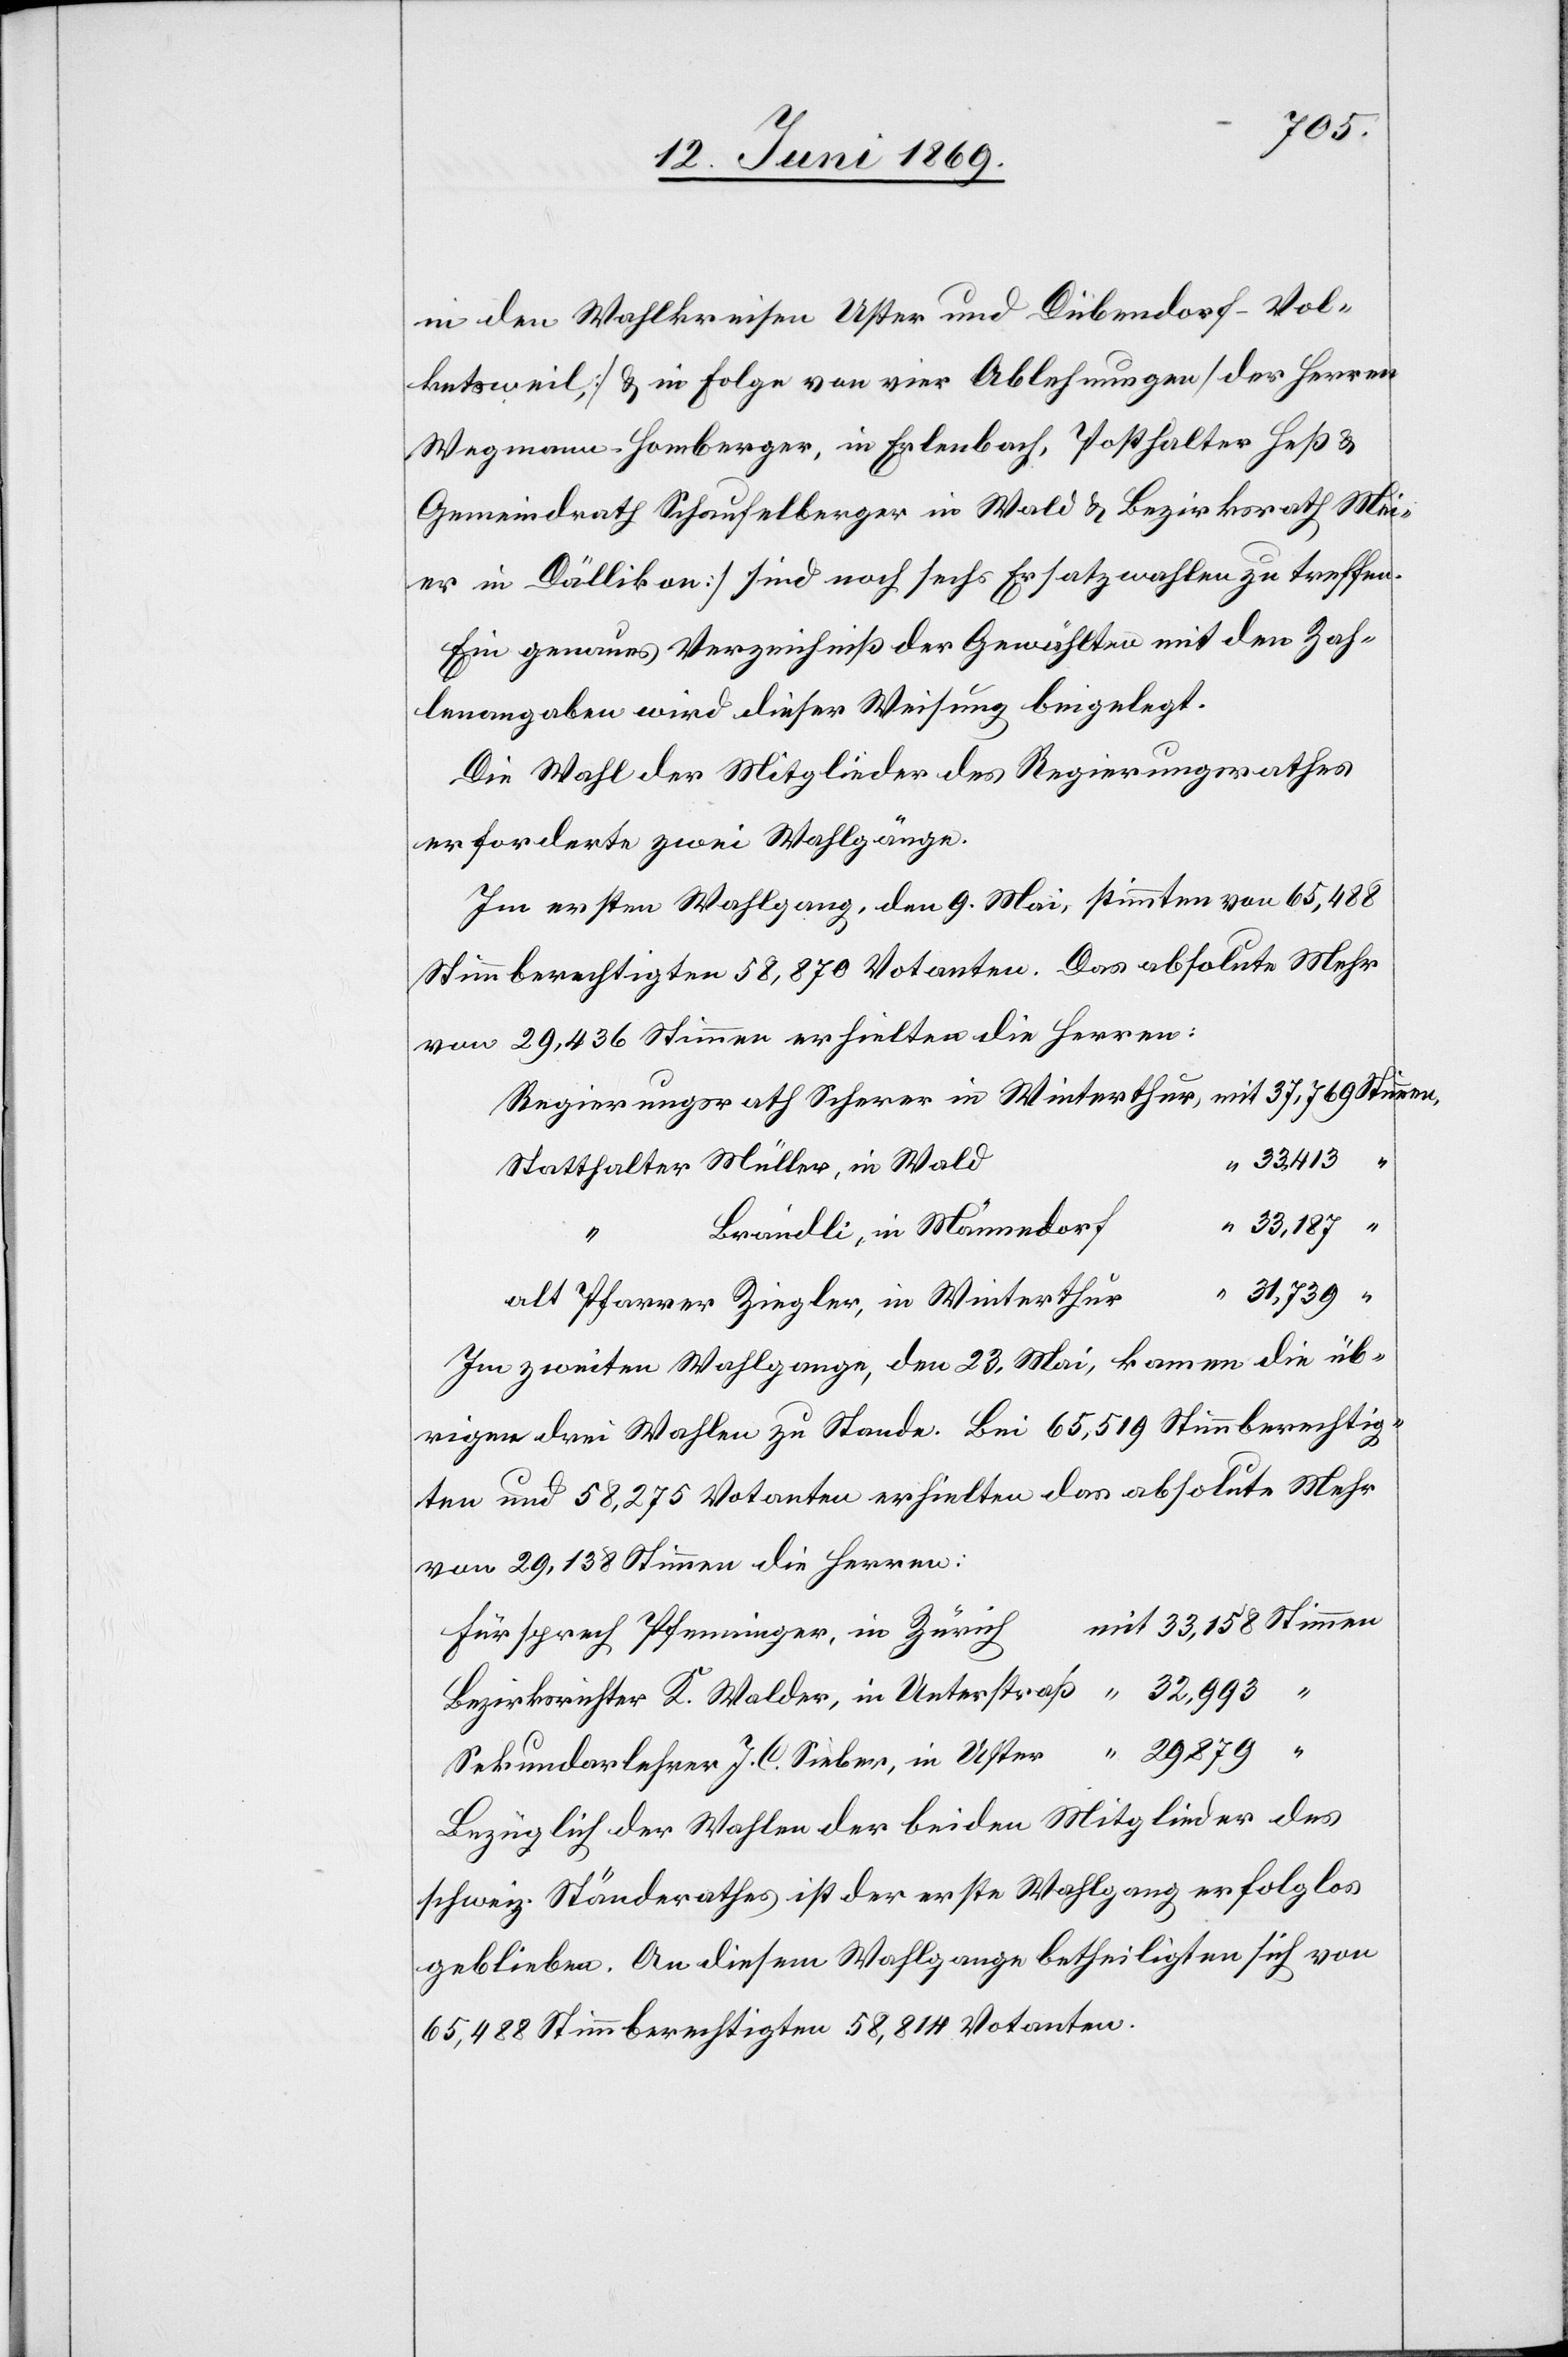
in den Wahlkreisen Uster und Dübendorf-Vol¬
kentsweil, [u. in Folge von vier Ablehnungen] des Herrn
Wegmann-Homberger, in Erlenbach, Posthalter Heß u.
Gemeindrath Schaufelberger in Wald u. Bezirksrath Mei¬
er in Dällikon] sind noch sechs Ersatzwahlen zu treffen.
Ein genaues Verzeichniß der Gewählten mit den Zah¬
lenangaben wird dieser Weisung beigelegt.
Die Wahl der Mitglieder des Regierungsrathes
erforderte zwei Wahlgänge.
Im ersten Wahlgang, den 9. Mai, stimmten von 65,488
Stimmberechtigen 58,870 Votanten. Das absolute Mehr
von 29,436 Stimmen erhielten die Herren:
Regierungsrath Scherer in Winterthur mit 	37,769 Stimmen,
d,	“	33,413
Statthalter Müller, in Wal¬
r	“	31,739
Brändli, in Männedor¬
alt Pfarrer Ziegler, in Winterthu¬
Im zweiten Wahlgange, den 23. Mai, kamen die üb¬
rigen drei Wahlen zu Stande. Bei 65,519 Stimmberechtig¬
ten und 58,275 Votanten erhielten das absolute Mehr
von 29,138 Stimmen die Herren:
mit 33,158 Stimmen
Fürsprech Pfenninger, in Zürich
Bezirksrichter K. Walder, in Unterstraß	 “	32,993 “
Sekundarlehrer J. C. Sieber, in Uster 	 “	29,879 “
Bezüglich der Wahlen der beiden Mitglieder des
schweiz. Ständerathes ist der erste Wahlgang erfolglos
geblieben. An diesem Wahlgange betheiligten sich von
65,488 Stimmberechtigten 58,814 Votanten.